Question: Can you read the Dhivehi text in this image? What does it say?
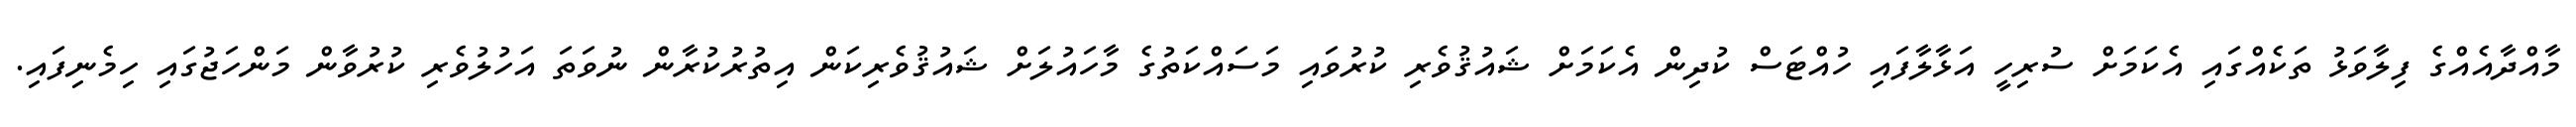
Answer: މާއްދާއެއްގެ ފިލާވަޅު ތަކެއްގައި އެކަމަށް ސުރިހީ އަޅާލާފައި ހުއްޓަސް ކުދިން އެކަމަށް ޝައުޤުވެރި ކުރުވައި މަސައްކަތުގެ މާހައުލަށް ޝައުޤުވެރިކަން އިތުރުކުރާން ނުވަތަ އަހުލުވެރި ކުރުވާން މަންހަޖުގައި ހިމެނިފައި.